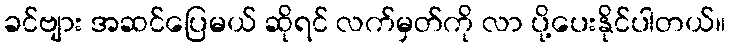
ခင်ဗျား အဆင်ပြေမယ် ဆိုရင် လက်မှတ်ကို လာ ပို့ပေးနိုင်ပါတယ်။